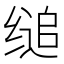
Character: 缒